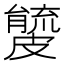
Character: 𥀧